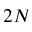
2 N